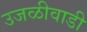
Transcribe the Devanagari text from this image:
उजळीवाडी